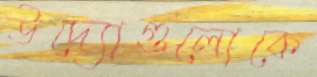
উদ্যোগুলোকে